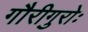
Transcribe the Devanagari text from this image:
गौरीगुरोः